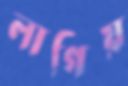
লাগিয়